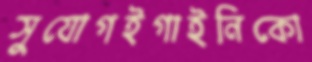
সুযোগইগাইনিকো